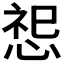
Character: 𪬂